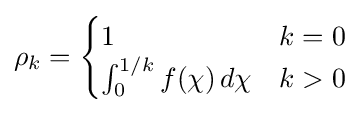
\rho _{k}={\begin{cases}1&k=0\\\int _{0}^{1/k}f(\chi )\,d\chi &k>0\\\end{cases}}